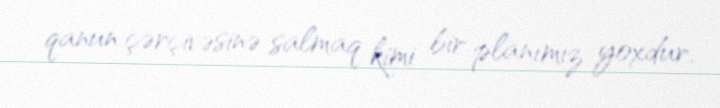
qanun çərçivəsinə salmaq kimi bir planımız yoxdur.